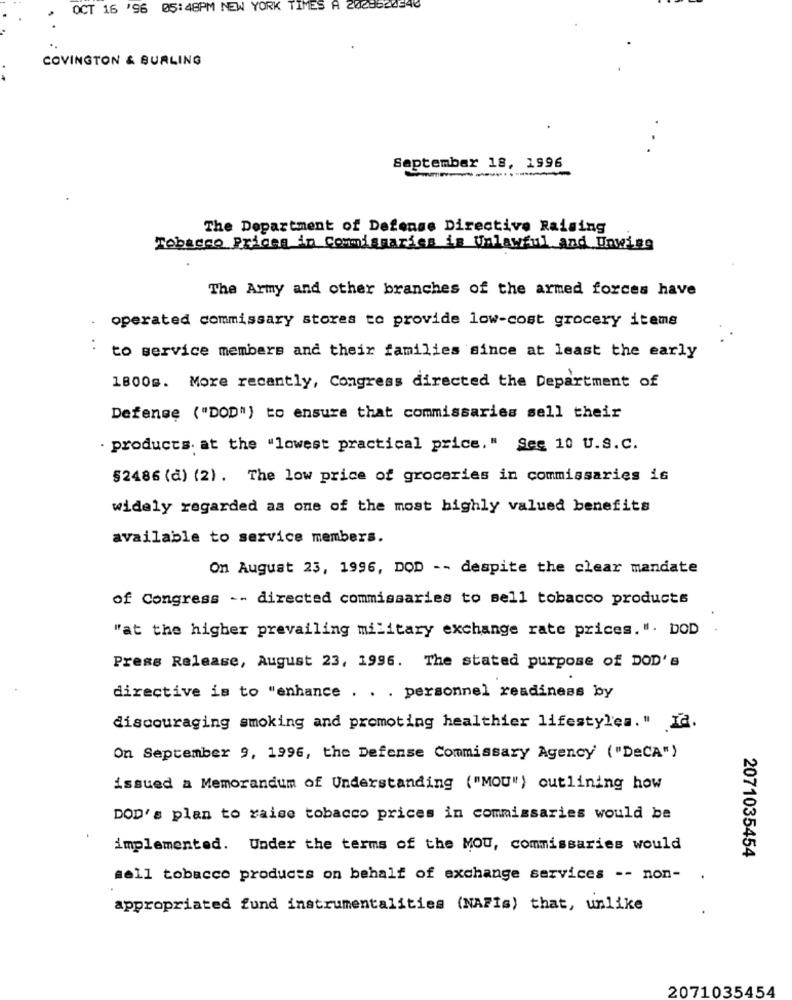
OCT 16 '96 05:48PM NEW YORK TIMES A 2028626546
COVINGTON & BURLING
September 18, 1996
The Department of Defense Directive Raising
Tobacco Prices in Comismaries is Unlawful and Unwing
The Army and other branches of the armed forces have
operated commissary stores to provide low-cost grocery items
..
to service members and their families since at least the early
1800g. More recently, Congress directed the Department of
Defense ("DOD") to ensure that commissaries sell their
. products. at the "lowest practical price." See 10 U.S.C.
§2486 (d) (2) . The low price of groceries in commissaries is
widely regarded as one of the most highly valued benefits
available to service members.
On August 23, 1996, DOD -- despite the clear mandate
of Congress -- directed commissaries to sell tobacco products
"at the higher prevailing military exchange rate prices. ". DOD
Press Release, August 23, 1996. The stated purpose of DOD's
directive is to "enhance . . . personnel readiness by
discouraging smoking and promoting healthier lifestyles." Ia.
On September 9, 1996, the Defense Commissary Agency ("DeCA")
issued a Memorandum of Understanding ("MOU") outlining how
DOD's plan to raise tobacco prices in commissaries would be
implemented. Under the terms of the MOU, commissaries would
2071035454
sell tobacco products on behalf of exchange services -- non-
appropriated fund instrumentalities (NAFIs) that, unlike
2071035454